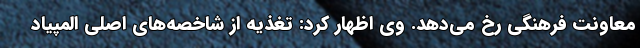
معاونت فرهنگی رخ می‌دهد. وی اظهار کرد: تغذیه از شاخصه‌های اصلی المپیاد